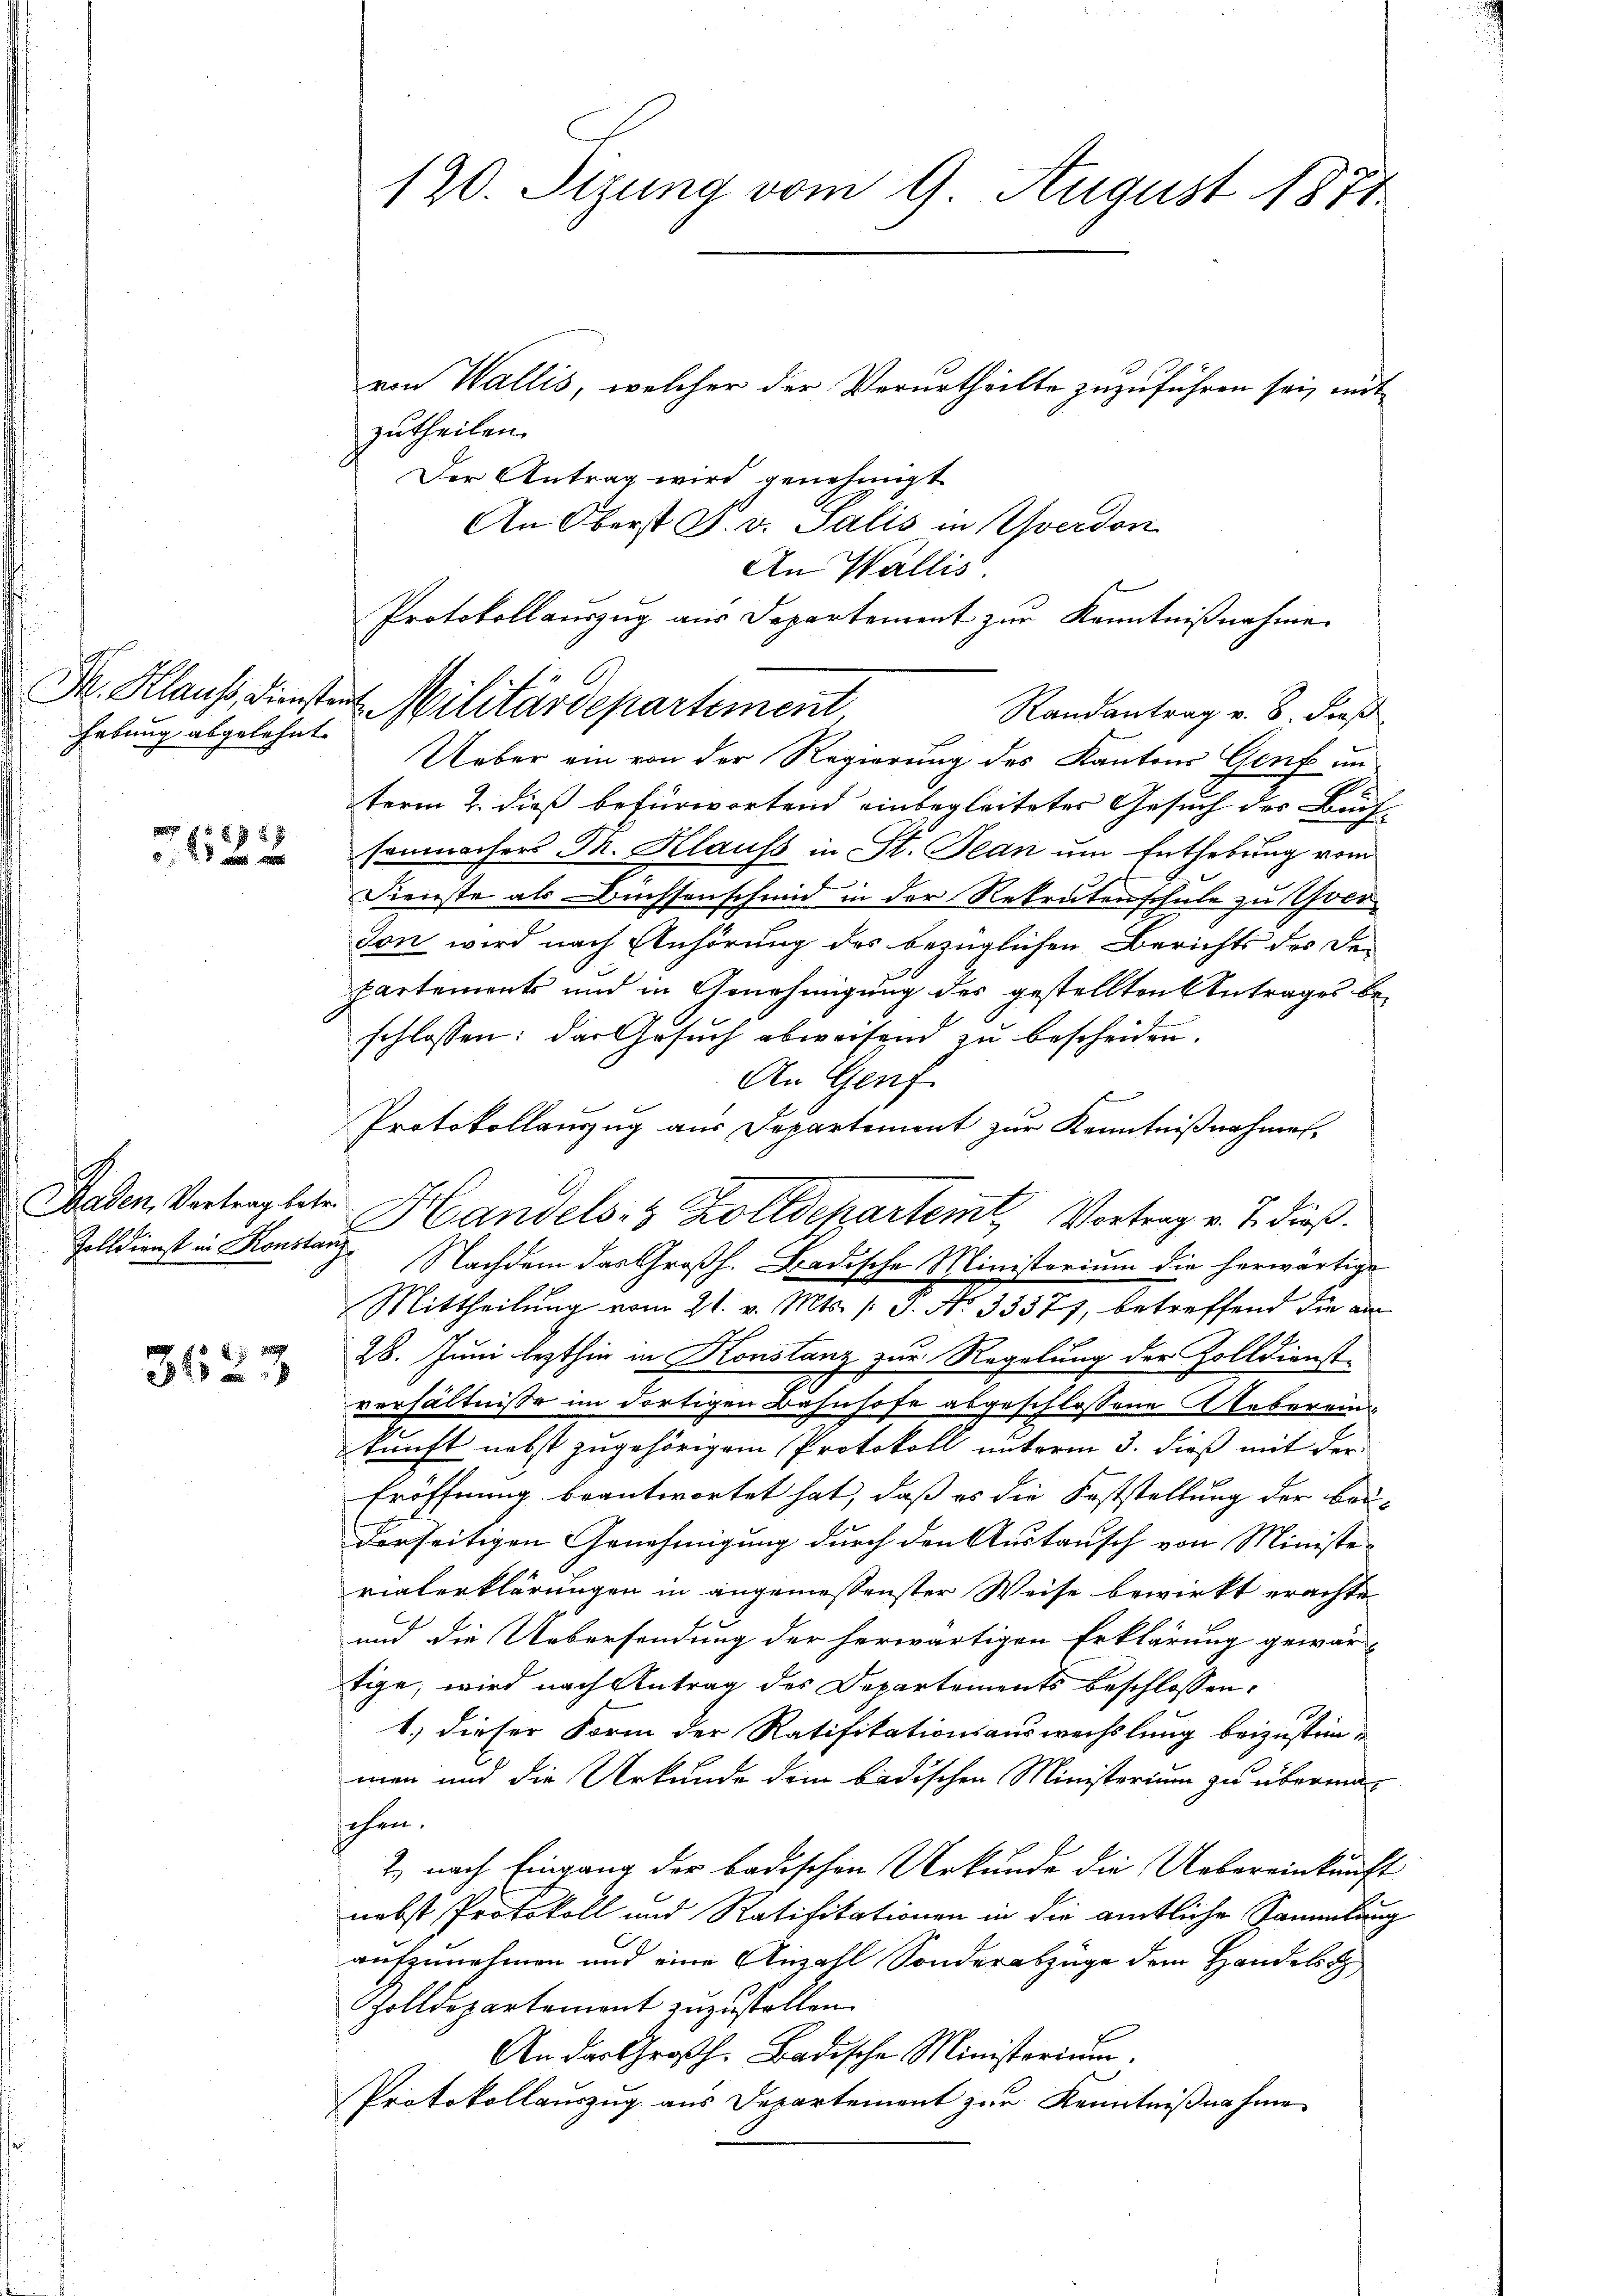
hebung abgelehnt.

7122

Baden, Vertrag betr.

312

120. Stzung vom 9. August 1871

von Wallis, welcher der Verurtheilte zuzuführen sei, mit
zutheilen.
Der Antrag wird genehmigt
An Oberst J. v. Salis in Yverdon
Randantrag v. 8. dieß
Ueber ein von der Regierung des Kantons Genf un
term 2. dieß befürwortend einbegleiteter Gesuch des Buch-
sonmachers Dr. Klauss in St. Jean um Enthebung vom
Dienste als Büchsenschmid in der Rekrutenschule zu ver
son wird nach Anhörung des bezüglichen Berichts des De-
partements und in Genehmigung des gestellten Antrages beschlossen: das Gesuch abweisend zu bescheiden.
An Genf
Protokollauszug aus Departement zur Kenntnißnahmen,
Handels- 3 Zolldepartemt, Vortrag v. J. dieß.
Zolldienst in Konstanz Nachdem das Großh. Badische Ministerium die herwärtige
Mittheilung vom 21. v. Mts. (: 3. No 33377, betreffend die am
28. Juni lezthin in Konstanz zur Regelung der Zolldienst-
verhältnisse im dortigen Bahnhofe abgeschlossene Aeberein
kunft nebst zugehörigem Protokoll unterm 3. dieß mit der
Eröffnung beantwortet hat, daß es die Feststellung der bei-
derseitigen Genehmigung durch den Austausch von Ministevialerklärungen in angemeßenster Weise bewirkt erachte
und die Uebersendung der herwärtigen Erklärung gewär-
tige, wird nach Antrag des Departements beschlossen:
1.) dieser Form der Ratifikationsauswechslung beizustim-
men und die Urkunde dem badischen Ministerium zu überman
schen.
2) nach Eingang der badischen Urkunde die Uebereinkunft
nebst Protokoll und Ratifikationen in die amtliche Sammlung
aufzunehmen und eine Anzahl Sonderabzüge dem Handels d
Zolldepartement zuzustellen.
An der Großh. Badische Ministerium.
Protokollauszug aus Departement zur Kenntnißnahme

An Wallis
Protokollauszug aus Departement zur Kenntnißnahme
M. Klaus, Diensten Militärdepartement

f